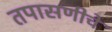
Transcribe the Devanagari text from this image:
तपासणीचे